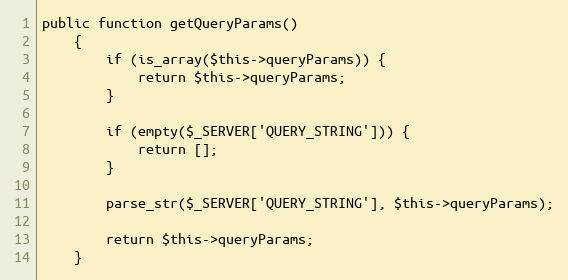
Language: PHP
public function getQueryParams()
    {
        if (is_array($this->queryParams)) {
            return $this->queryParams;
        }

        if (empty($_SERVER['QUERY_STRING'])) {
            return [];
        }

        parse_str($_SERVER['QUERY_STRING'], $this->queryParams);

        return $this->queryParams;
    }